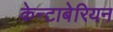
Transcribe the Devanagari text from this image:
केन्टाबेरियन